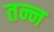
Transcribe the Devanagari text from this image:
तन्न